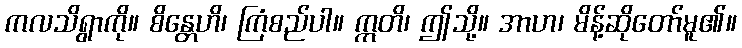
ကလသိရွာကို။ စိန္တေဟိ၊ ကြံစည်ပါ။ ဣတိ၊ ဤသို့။ အာဟ၊ မိန့်ဆိုတော်မူ၏။